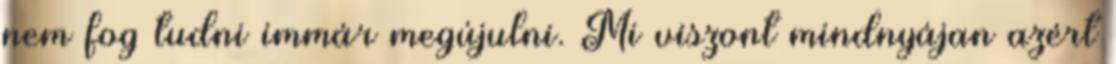
nem fog tudni immár megújulni. Mi viszont mindnyájan azért